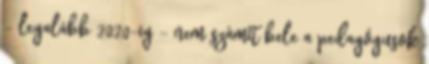
- legalább 2020-ig - nem számít bele a pedagógusok